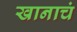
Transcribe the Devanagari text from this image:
खानाचं